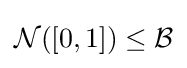
{\mathcal {N}}([0,1])\leq {\mathcal {B}}